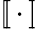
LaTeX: [\! [\, \cdot\, ]\! ]\!